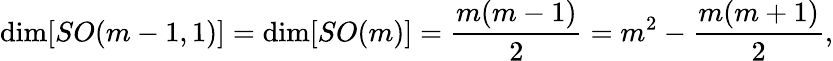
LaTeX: \mathrm{dim}[SO(m-1,1)]=\mathrm{dim}[SO(m)]=\frac{m(m-1)}{2}=m^{2}-\frac{m(m+1)}{2},